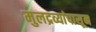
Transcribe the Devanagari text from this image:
मुलद्रव्यांपासून